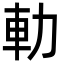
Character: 䡃